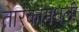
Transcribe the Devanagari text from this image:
तारकांमधली